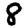
Digit: 8